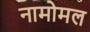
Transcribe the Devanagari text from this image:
नामोमल